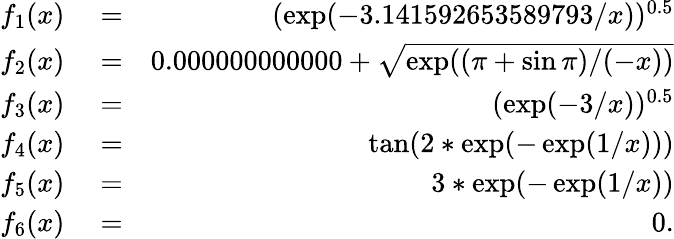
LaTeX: \begin{array}{rlr}{f_{1}(x)}&{{}=}&{(\exp(-3.141592653589793/x))^{0.5}}\\ {f_{2}(x)}&{{}=}&{0.000000000000+\sqrt{\exp((\pi+\sin\pi)/(-x))}}\\ {f_{3}(x)}&{{}=}&{(\exp(-3/x))^{0.5}}\\ {f_{4}(x)}&{{}=}&{\tan(2*\exp(-\exp(1/x)))}\\ {f_{5}(x)}&{{}=}&{3*\exp(-\exp(1/x))}\\ {f_{6}(x)}&{{}=}&{0.}\end{array}